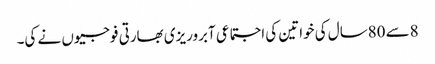
8سے 80سال کی خواتین کی اجتماعی آبروریزی بھارتی فوجیوں نے کی۔